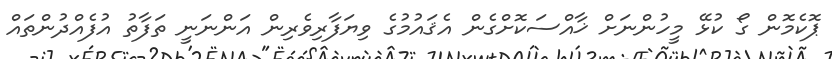
ޕޮކެމޮން ގޯ ކުޅޭ މީހުންނަށް ޚާއްސަކޮށްގެން އެޤައުމުގެ ވިޔަފާރިވެރިން އަންނަނީ ތަފާތު އުފެއްދުންތައް